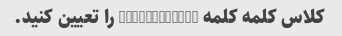
کلاس کلمه کلمه "Infiltrate" را تعیین کنید.